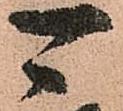
可